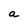
Character: a